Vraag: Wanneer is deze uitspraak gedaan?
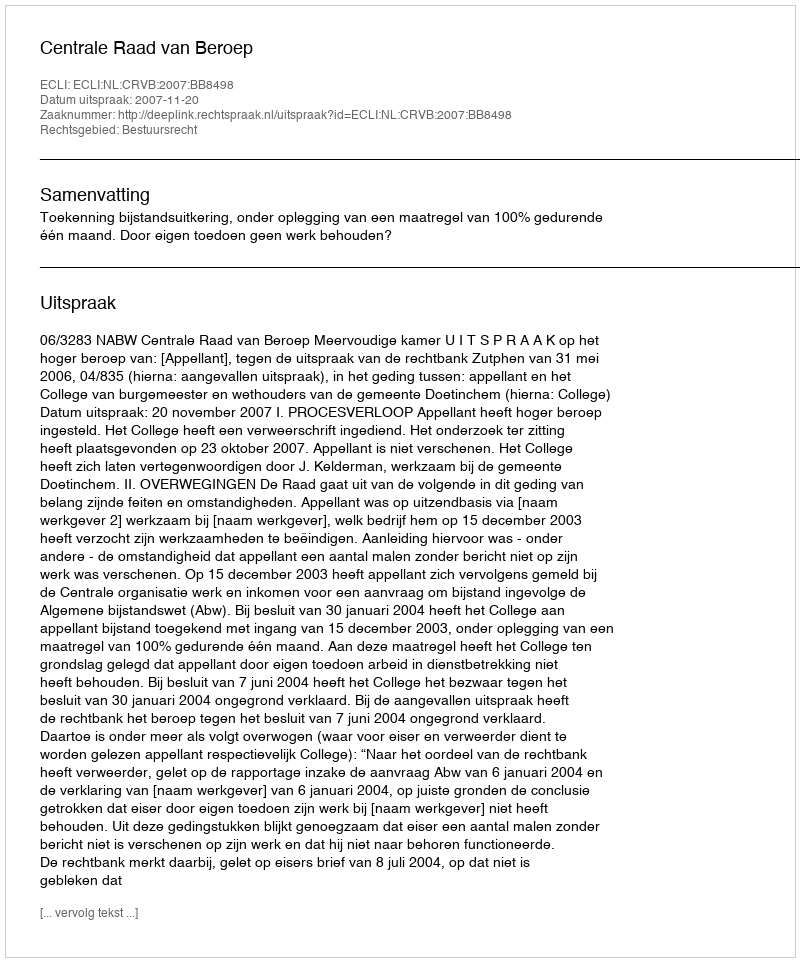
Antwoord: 2007-11-20